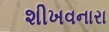
શીખવનારા